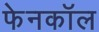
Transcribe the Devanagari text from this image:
फेनकॉल